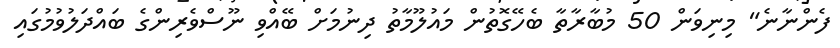
ފެންނާނެ" މިނިވަން 50 މުބާރާތާ ބެހޭގޮތުން މައުލޫމާތު ދިނުމަށް ބޭއްވި ނޫސްވެރިންގެ ބައްދަލުވުމުގައި